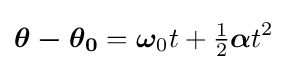
{\boldsymbol {\theta -\theta _{0}}}={\boldsymbol {\omega }}_{0}t+{\tfrac {1}{2}}{\boldsymbol {\alpha }}t^{2}